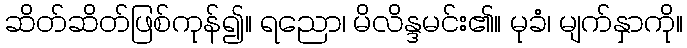
ဆိတ်ဆိတ်ဖြစ်ကုန်၍။ ရညော၊ မိလိန္ဒမင်း၏။ မုခံ၊ မျက်နှာကို။